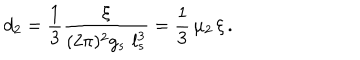
LaTeX: d _ { 2 } = { \frac { 1 } { 3 } } { \frac { \xi } { ( 2 \pi ) ^ { 2 } g _ { s } \, \, l _ { s } ^ { 3 } } } = { \frac { 1 } { 3 } } \, \mu _ { 2 } \, \xi \, .